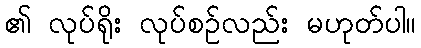
၏ လုပ်ရိုး လုပ်စဉ်လည်း မဟုတ်ပါ။